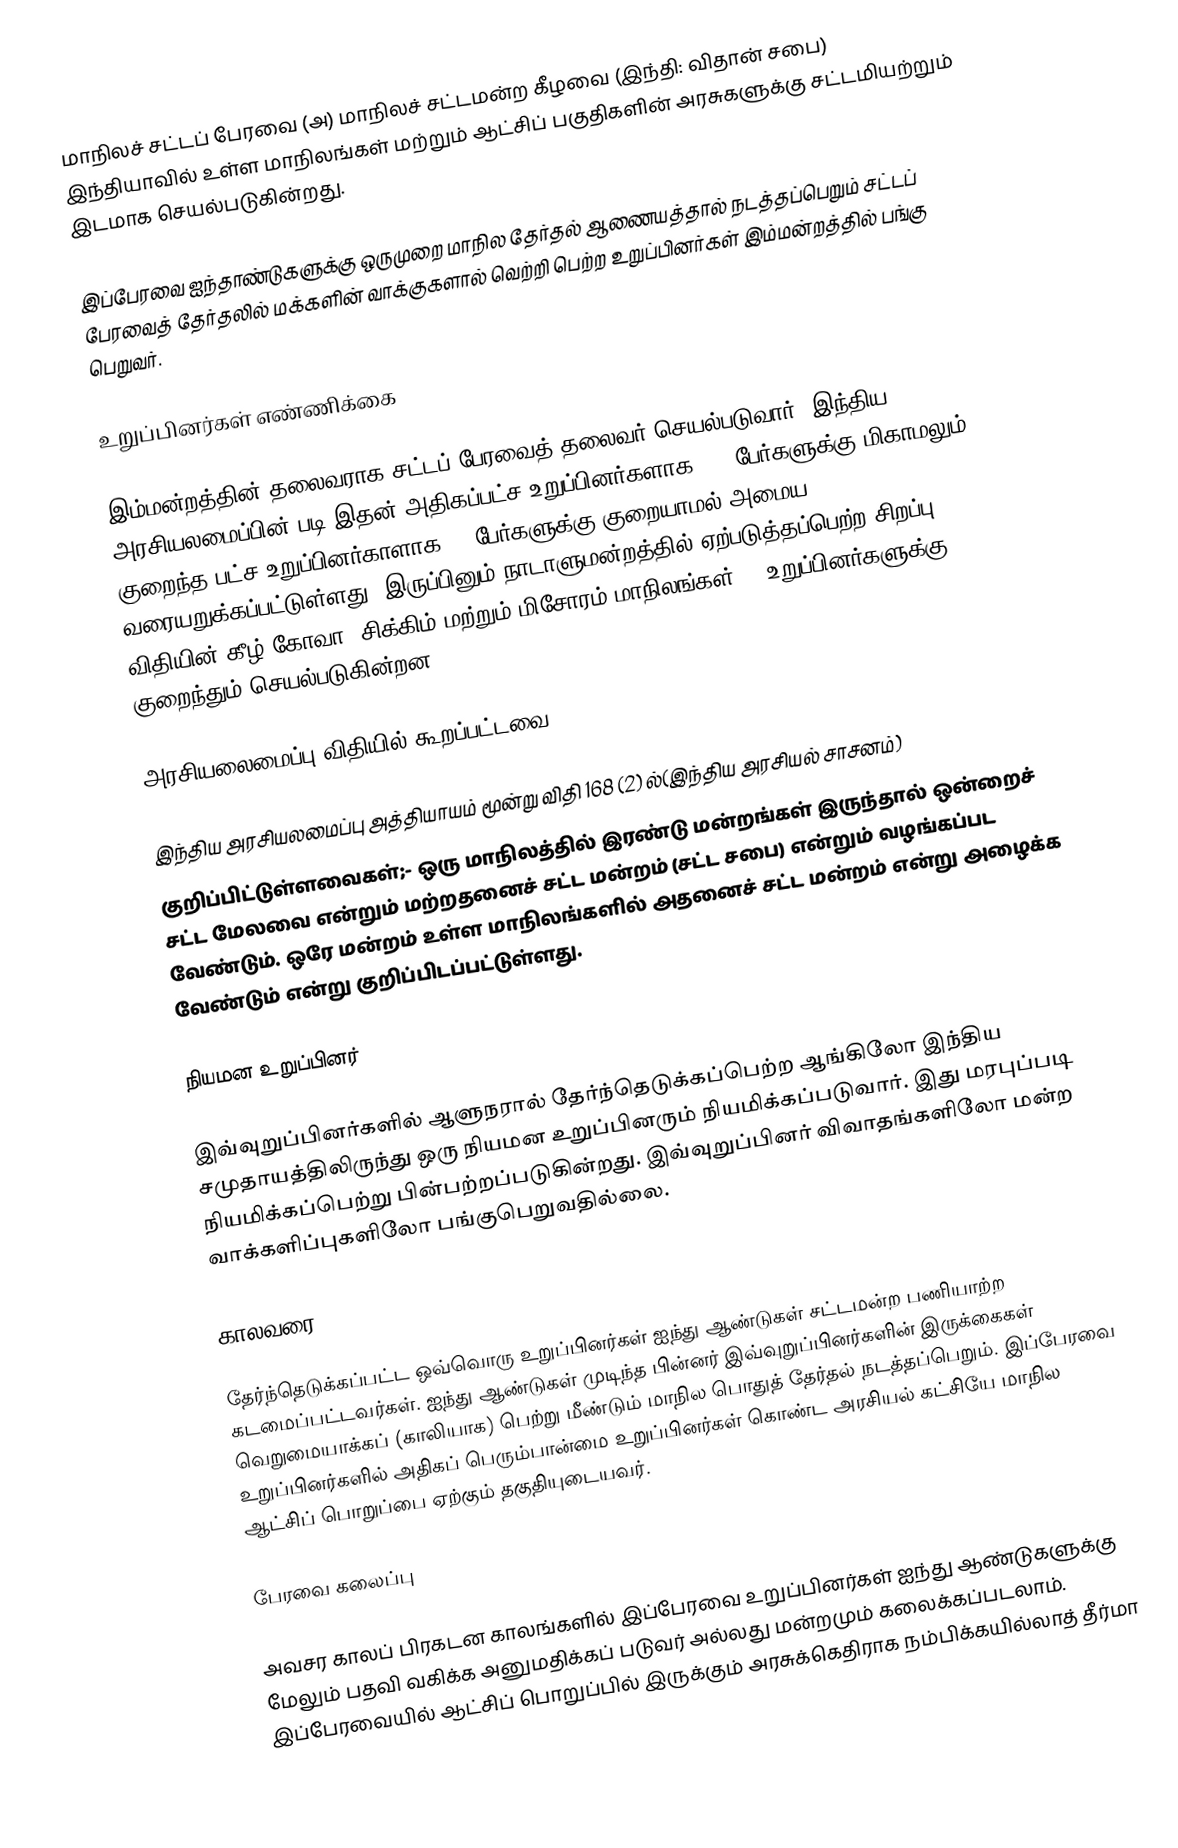
மாநிலச் சட்டப் பேரவை (அ) மாநிலச் சட்டமன்ற கீழவை (இந்தி: விதான் சபை) இந்தியாவில் உள்ள மாநிலங்கள் மற்றும் ஆட்சிப் பகுதிகளின் அரசுகளுக்கு சட்டமியற்றும் இடமாக செயல்படுகின்றது.

இப்பேரவை ஐந்தாண்டுகளுக்கு ஒருமுறை மாநில தேர்தல் ஆணையத்தால் நடத்தப்பெறும்  சட்டப் பேரவைத் தேர்தலில் மக்களின் வாக்குகளால் வெற்றி பெற்ற உறுப்பினர்கள் இம்மன்றத்தில் பங்கு பெறுவர்.

உறுப்பினர்கள் எண்ணிக்கை

இம்மன்றத்தின் தலைவராக சட்டப் பேரவைத் தலைவர் செயல்படுவார். இந்திய அரசியலமைப்பின் படி இதன் அதிகப்பட்ச உறுப்பினர்களாக 500 பேர்களுக்கு மிகாமலும், குறைந்த பட்ச உறுப்பினர்காளாக 60 பேர்களுக்கு குறையாமல் அமைய வரையறுக்கப்பட்டுள்ளது. இருப்பினும் நாடாளுமன்றத்தில் ஏற்படுத்தப்பெற்ற சிறப்பு விதியின் கீழ் கோவா,  சிக்கிம் மற்றும் மிசோரம் மாநிலங்கள் 60 உறுப்பினர்களுக்கு குறைந்தும் செயல்படுகின்றன.

அரசியலைமைப்பு விதியில் கூறப்பட்டவை

இந்திய அரசியலமைப்பு அத்தியாயம் மூன்று விதி 168 (2) ல்(இந்திய அரசியல் சாசனம்)
குறிப்பிட்டுள்ளவைகள்;- ஒரு மாநிலத்தில் இரண்டு மன்றங்கள் இருந்தால் ஒன்றைச் சட்ட மேலவை என்றும் மற்றதனைச் சட்ட மன்றம் (சட்ட சபை) என்றும் வழங்கப்பட வேண்டும். ஒரே மன்றம் உள்ள மாநிலங்களில் அதனைச் சட்ட மன்றம் என்று அழைக்க வேண்டும் என்று குறிப்பிடப்பட்டுள்ளது.

நியமன உறுப்பினர்

இவ்வுறுப்பினர்களில் ஆளுநரால் தேர்ந்தெடுக்கப்பெற்ற ஆங்கிலோ இந்திய சமுதாயத்திலிருந்து  ஒரு நியமன  உறுப்பினரும் நியமிக்கப்படுவார்.  இது மரபுப்படி நியமிக்கப்பெற்று பின்பற்றப்படுகின்றது. இவ்வுறுப்பினர் விவாதங்களிலோ மன்ற வாக்களிப்புகளிலோ பங்குபெறுவதில்லை.

காலவரை

தேர்ந்தெடுக்கப்பட்ட ஒவ்வொரு உறுப்பினர்கள் ஐந்து ஆண்டுகள் சட்டமன்ற பணியாற்ற கடமைப்பட்டவர்கள். ஐந்து ஆண்டுகள் முடிந்த பின்னர் இவ்வுறுப்பினர்களின் இருக்கைகள் வெறுமையாக்கப் (காலியாக) பெற்று மீண்டும் மாநில பொதுத் தேர்தல் நடத்தப்பெறும். இப்பேரவை உறுப்பினர்களில் அதிகப் பெரும்பான்மை உறுப்பினர்கள் கொண்ட அரசியல் கட்சியே மாநில ஆட்சிப் பொறுப்பை ஏற்கும் தகுதியுடையவர்.

பேரவை கலைப்பு

அவசர காலப் பிரகடன காலங்களில் இப்பேரவை உறுப்பினர்கள் ஐந்து ஆண்டுகளுக்கு மேலும் பதவி வகிக்க அனுமதிக்கப் படுவர் அல்லது மன்றமும் கலைக்கப்படலாம். இப்பேரவையில்  ஆட்சிப் பொறுப்பில்  இருக்கும் அரசுக்கெதிராக  நம்பிக்கயில்லாத் தீர்மா